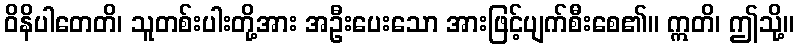
ဝိနိပါတေတိ၊ သူတစ်းပါးတို့အား အဦးပေးသော အားဖြင့်ပျက်စီးစေ၏။ ဣတိ၊ ဤသို့။